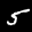
Label: 5